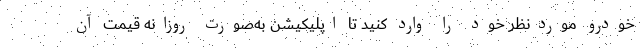
خودرو موردنظر خود را وارد کنید تا اپلیکیشن به‌صورت روزانه قیمت آن